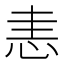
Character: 恚